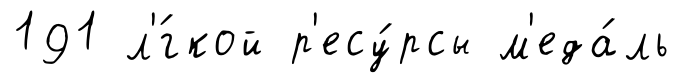
191 л'́гкой р'есу́рсы м'еда́ль